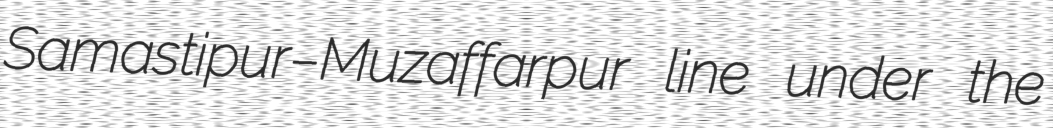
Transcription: Samastipur–Muzaffarpur line under the